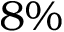
8 \%